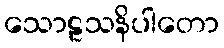
သောဠသနိပါတော